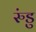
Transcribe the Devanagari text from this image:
रुंडु